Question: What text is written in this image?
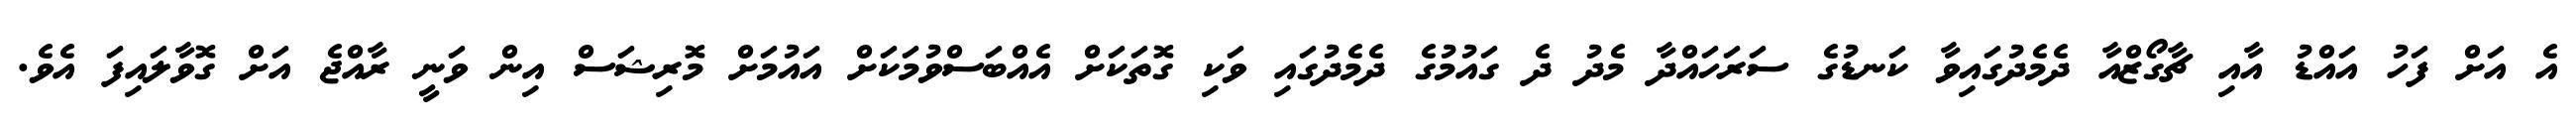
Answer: އެ އަށް ފަހު އައްޑު އާއި ޗާގޯޒްއާ ދެމެދުގައިވާ ކަނޑުގެ ސަރަހައްދާ މެދު ދެ ގައުމުގެ ދެމެދުގައި ވަކި ގޮތަކަށް އެއްބަސްވުމަކަށް އައުމަށް މޮރިޝަސް އިން ވަނީ ރާއްޖެ އަށް ގޮވާލައިފަ އެވެ.